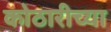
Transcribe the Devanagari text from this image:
कोठारीच्या